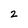
Character: 2